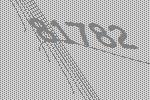
81782